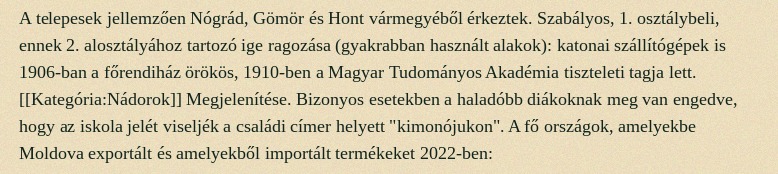
A telepesek jellemzően Nógrád, Gömör és Hont vármegyéből érkeztek. Szabályos, 1. osztálybeli, ennek 2. alosztályához tartozó ige ragozása (gyakrabban használt alakok): katonai szállítógépek is 1906-ban a főrendiház örökös, 1910-ben a Magyar Tudományos Akadémia tiszteleti tagja lett. [[Kategória:Nádorok]] Megjelenítése. Bizonyos esetekben a haladóbb diákoknak meg van engedve, hogy az iskola jelét viseljék a családi címer helyett "kimonójukon". A fő országok, amelyekbe Moldova exportált és amelyekből importált termékeket 2022-ben: